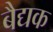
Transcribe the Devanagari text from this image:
बैद्यक